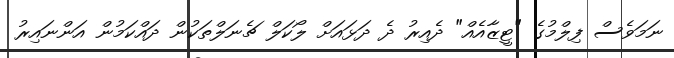
ނަމަވެސް ފިލްމުގެ "ޓީޒާއެއް" ދެއިރު ދެ ދަޅައަށް ލޯކަލް ޗެނަލްތަކުން ދައްކަމުން އަންނައިރު